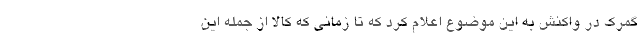
گمرک در واکنش به این موضوع اعلام کرد که تا زمانی که کالا از جمله این